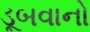
ડૂબવાનો